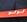
لولو